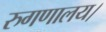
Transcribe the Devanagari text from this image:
रुगणालय।